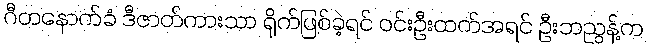
ဂီတနောက်ခံ ဒီဇာတ်ကားသာ ရိုက်ဖြစ်ခဲ့ရင် ဝင်းဦးထက်အရင် ဦးဘညွန့်က